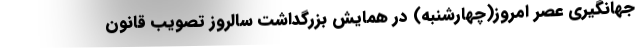
جهانگیری عصر امروز(چهارشنبه) در همایش بزرگداشت سالروز تصویب قانون